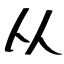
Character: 从